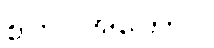
စတင်အကောင်